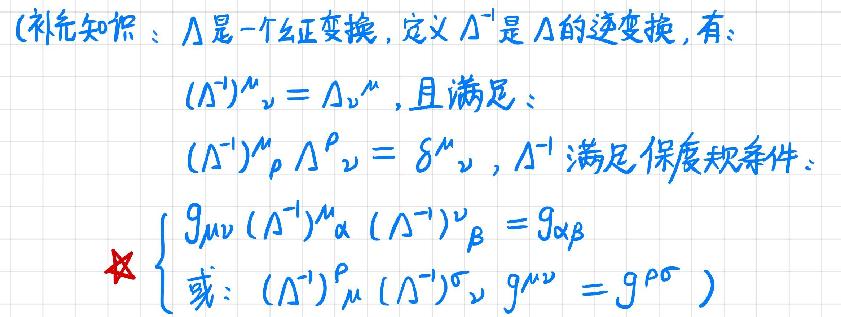
(补充知识：$\Lambda$ 是一个幺正变换，定义 $\Lambda^{-1}$ 是 $\Lambda$ 的逆变换，有：
$(\Lambda^{-1})^{\mu}{}_{\nu}=\Lambda_{\nu}{}^{\mu}$，且满足：
$(\Lambda^{-1})^{\mu}{}_{\rho}\Lambda^{\rho}{}_{\nu}=\delta^{\mu}{}_{\nu}$，$\Lambda^{-1}$ 满足保度规条件：
$\begin{cases}g_{\mu\nu}(\Lambda^{-1})^{\mu}{}_{\alpha}(\Lambda^{-1})^{\nu}{}_{\beta}=g_{\alpha\beta}\\或：(\Lambda^{-1})^{\rho}{}_{\mu}(\Lambda^{-1})^{\sigma}{}_{\nu}g^{\mu\nu}=g^{\rho\sigma}\end{cases}$)